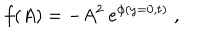
f ( A ) = - A ^ { 2 } \: e ^ { \phi ( y = 0 , t ) } \; ,